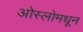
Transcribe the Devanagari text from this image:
ओस्लोमधून